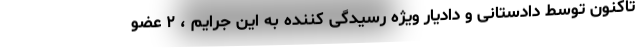
تاکنون توسط دادستانی و دادیار ویژه رسیدگی کننده به این جرایم ، ۲ عضو